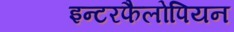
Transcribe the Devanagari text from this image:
इन्टरफैलोपियन